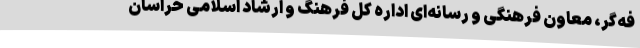
فه‌گر، معاون فرهنگی و رسانه‌ای اداره کل فرهنگ و ارشاد اسلامی خراسان